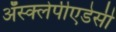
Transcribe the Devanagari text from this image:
अॅस्क्लेपीएडेसी